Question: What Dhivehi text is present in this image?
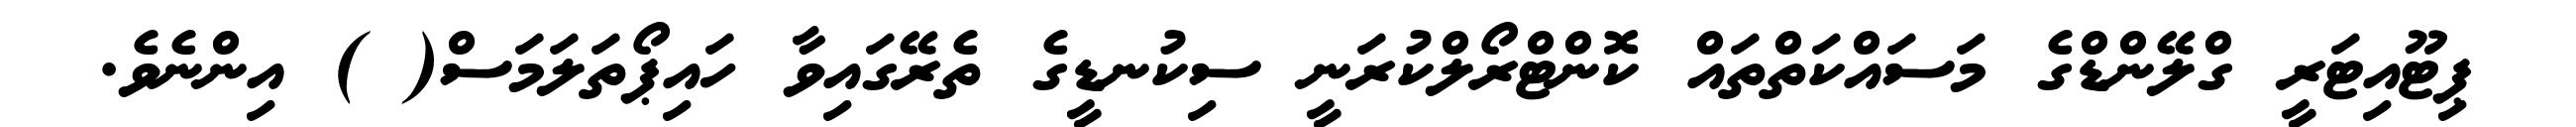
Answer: ޕިޓޫއިޓަރީ ގްލޭންޑްގެ މަސައްކަތްތައް ކޮންޓްރޯލްކުރަނީ ސިކުނޑީގެ ތެރޭގައިވާ ހައިޕޯތަލަމަސް( ) އިންނެވެ.